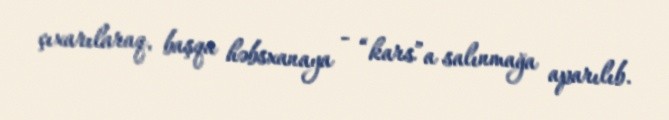
çıxarılaraq, başqa həbsxanaya - “kars”a salınmağa aparılıb.